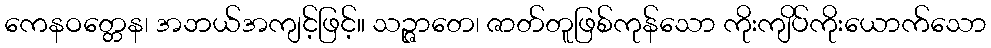
ကေနဝတ္တေန၊ အဘယ်အကျင့်ဖြင့်။ သဉ္ဇာတေ၊ ဇာတ်တူဖြစ်ကုန်သော ကိုးကျိပ်ကိုးယောက်သော